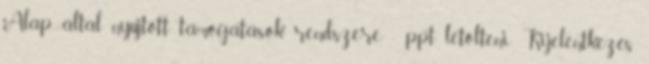
Alap által nyújtott támogatások rendszere - ppt letölteni Kijelentkezés